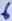
Text: 6